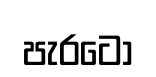
පැරටෝ